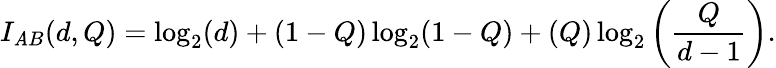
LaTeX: I_{\mathit{A}B}(d,Q)=\log_{2}(d)+(1-Q)\log_{2}(1-Q)+(Q)\log_{2}\left(\frac{{Q}}{{d-1}}\right).